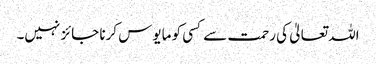
اللہ تعالیٰ کی رحمت سے کسی کو مایوس کرنا جائز نہیں۔